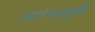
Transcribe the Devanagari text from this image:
आरंभापूर्वी